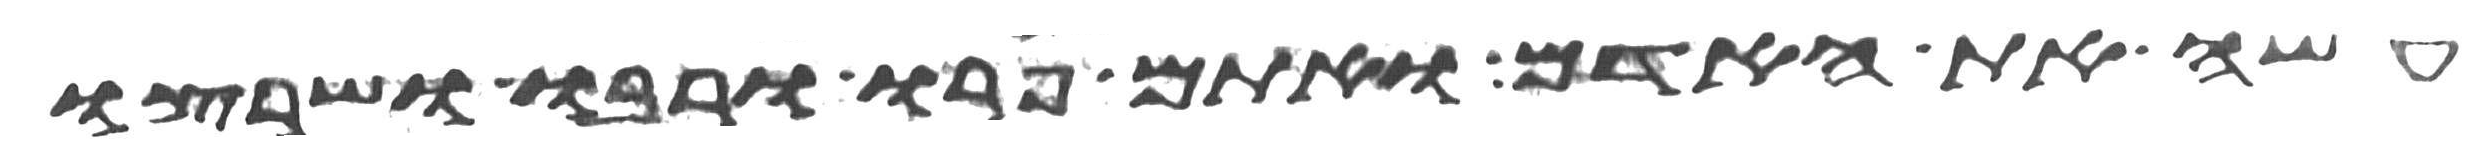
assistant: עשה את האדם ואתם פרו ורבו ושרצו